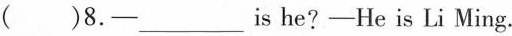
( )8.—___is he?—He is Li Ming.